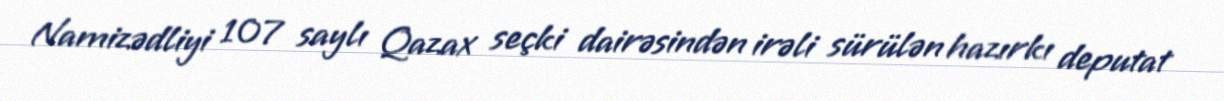
Namizədliyi 107 saylı Qazax seçki dairəsindən irəli sürülən hazırkı deputat